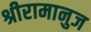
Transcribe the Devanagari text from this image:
श्रीरामानुज